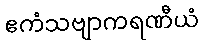
ဧကံသဗျာကရဏီယံ